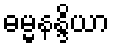
ဓမ္မနန္ဒိယာ